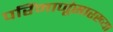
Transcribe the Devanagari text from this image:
परिंमाणूंसारख्या